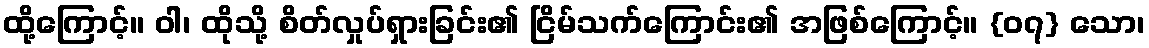
ထို့ကြောင့်။ ဝါ၊ ထိုသို့ စိတ်လှုပ်ရှားခြင်း၏ ငြိမ်သက်ကြောင်း၏ အဖြစ်ကြောင့်။ {၀၇} သော၊